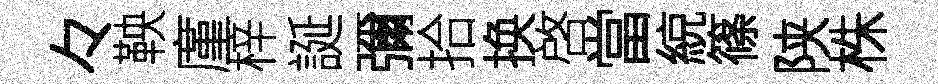
々鞅廑梓誕彌拾换啓當綂篠陕株